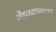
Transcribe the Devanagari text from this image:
भेंडवळप्रमाणेच